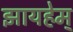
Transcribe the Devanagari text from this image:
झायहेम्